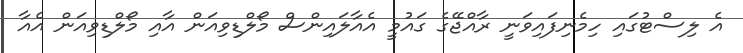
އެ ލިސްޓުގައި ހިމެނިފައިވަނީ ރާއްޖޭގެ ގައުމީ އެއާލައިންސް މޯލްޑިވިއަން އާއި މޯލްޑިވިއަން އެއާ